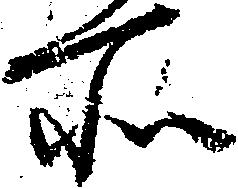
所